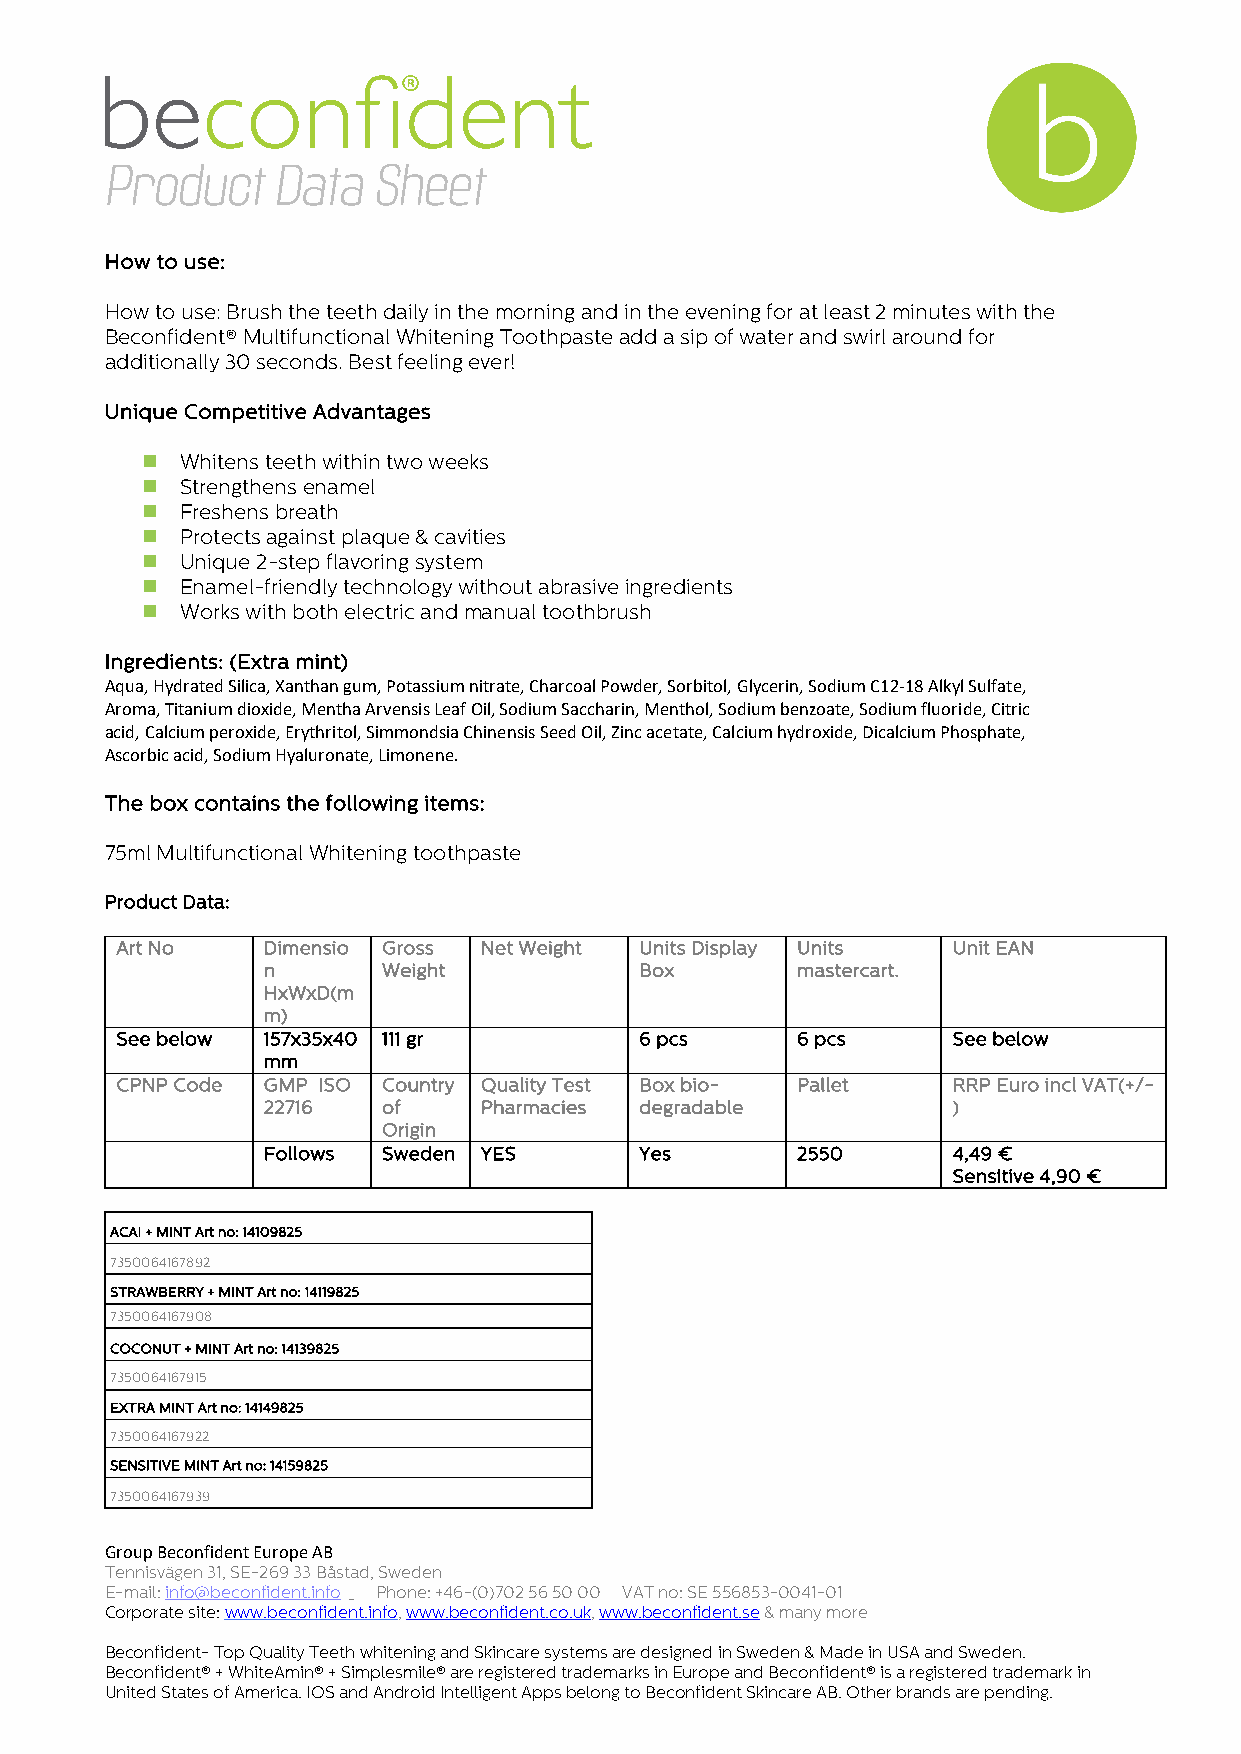
Product    Data   Sheet
 How to use:
 How to use: Brush the teeth daily in the morning and in the evening for at least 2 minutes with the
 Beconfident® Multifunctional Whitening Toothpaste add a sip of water and swirl around for
 additionally 30 seconds. Best feeling ever!
 Unique Competitive Advantages
 n  Whitens teeth within two weeks
 n  Strengthens enamel
 n  Freshens breath
 n  Protects against plaque & cavities
 n  Unique 2-step flavoring system
 n  Enamel-friendly technology without abrasive ingredients
 n  Works with both electric and manual toothbrush
 Ingredients: (Extra mint)
 Aqua, Hydrated Silica, Xanthan gum, Potassium nitrate, Charcoal Powder, Sorbitol, Glycerin, Sodium C12-18 Alkyl Sulfate,
 Aroma, Titanium dioxide, Mentha Arvensis Leaf Oil, Sodium Saccharin, Menthol, Sodium benzoate, Sodium fluoride, Citric
 acid, Calcium peroxide, Erythritol, Simmondsia Chinensis Seed Oil, Zinc acetate, Calcium hydroxide, Dicalcium Phosphate,
 Ascorbic acid, Sodium Hyaluronate, Limonene.
 The box contains the following items:
 75ml Multifunctional Whitening toothpaste
 Product Data:
 Art No   Dimensio Gross Net Weight Units Display Units Unit EAN
 n       Weight           Box        mastercart.
 HxWxD(m
 m)
 See below 157x35x40 111 gr        6 pcs      6 pcs     See below
 mm
 CPNP Code GMP ISO Country Quality Test Box bio- Pallet RRP Euro incl VAT(+/-
 22716   of     Pharmacies degradable          )
 Origin
 Follows Sweden YES       Yes        2550      4,49 €
 Sensitive 4,90 €
 ACAI + MINT Art no: 14109825
 7350064167892
 STRAWBERRY + MINT Art no: 14119825
 7350064167908
 COCONUT + MINT Art no: 14139825
 7350064167915
 EXTRA MINT Art no: 14149825
 7350064167922
 SENSITIVE MINT Art no: 14159825
 7350064167939
 Group Beconfident Europe AB
 Tennisvägen 31, SE-269 33 Båstad, Sweden
 E-mail: info@beconfident.info Phone: +46-(0)702 56 50 00 VAT no: SE 556853-0041-01
 Corporate site: www.beconfident.info, www.beconfident.co.uk, www.beconfident.se & many more
 Beconfident- Top Quality Teeth whitening and Skincare systems are designed in Sweden & Made in USA and Sweden.
 Beconfident® + WhiteAmin® + Simplesmile® are registered trademarks in Europe and Beconfident® is a registered trademark in
 United States of America. IOS and Android Intelligent Apps belong to Beconfident Skincare AB. Other brands are pending.